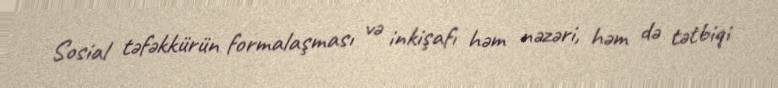
Sosial təfəkkürün formalaşması və inkişafı həm nəzəri, həm də tətbiqi